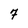
Character: 7